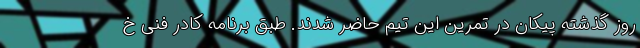
روز گذشته پیکان در تمرین این تیم حاضر شدند. طبق برنامه کادر فنی خ